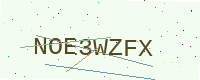
Text: NOE3WZFX